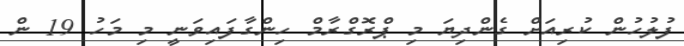
ފުލުހުން ކުރިއަށް ގެންދިޔަ މި ޕްރޮގްރާމް ހިންގާފައިވަނީ މި މަހު 19 ން